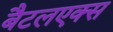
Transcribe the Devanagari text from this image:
बैटलएक्स